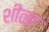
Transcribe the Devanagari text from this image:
शीळा